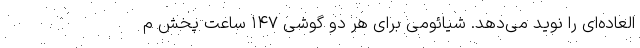
‌العاده‌ای را نوید می‌دهد. شیائومی برای هر دو گوشی ۱۴۷ ساعت پخش م